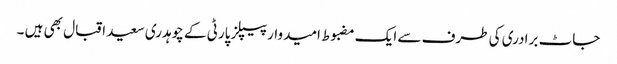
جاٹ برادری کی طرف سے ایک مضبوط امیدوار پیپلز پارٹی کے چوہدری سعید اقبال بھی ہیں ۔